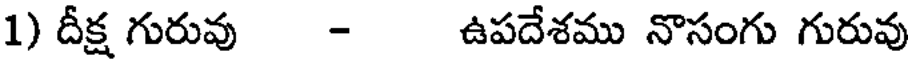
1) దీక్ష గురువు - ఉపదేశము నొసంగు గురువు